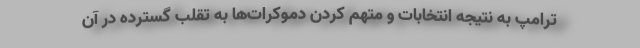
ترامپ به نتیجه انتخابات و متهم کردن دموکرات‌ها به تقلب گسترده در آن